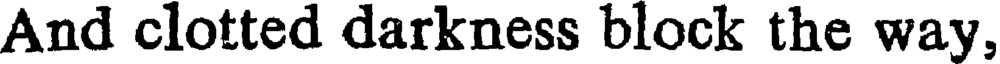
And clotted darkness block the way,